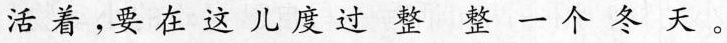
活着，要在这儿度过整整一个冬天。